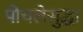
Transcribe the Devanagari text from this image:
पोचलेसुद्धा